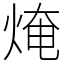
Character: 㷈